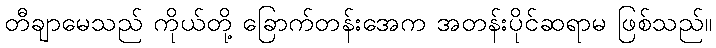
တီချာမေသည် ကိုယ်တို့ ခြောက်တန်းအေက အတန်းပိုင်ဆရာမ ဖြစ်သည်။